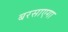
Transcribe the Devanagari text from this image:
बरसाएगा